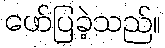
ဖော်ပြခဲ့သည်။